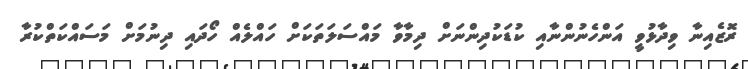
ރޮޒެއިނާ ވިދާޅުވީ އަންހެނުންނާއި ކުޑަކުދިންނަށް ދިމާވާ މައްސަލަތަކަށް ހައްލެއް ހޯދައި ދިނުމަށް މަސައްކަތްކުރާ